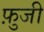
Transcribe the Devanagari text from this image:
फ़ुजी